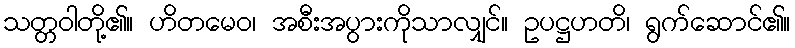
သတ္တဝါတို့၏။ ဟိတမေဝ၊ အစီးအပွားကိုသာလျှင်။ ဥပဋ္ဌဟတိ၊ ရွက်ဆောင်၏။